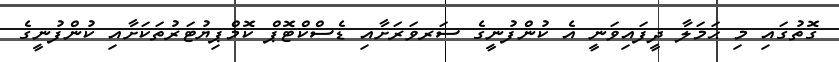
ގޮތުގައި މި ޙަމަލާ ދީފައިވަނީ އެ ކުންފުނީގެ ސަރވަރަށާއި ޑެސްކްޓޮޕް ކޮމްޕިޔުޓަރުތަކަށާއި ކުންފުނީގެ